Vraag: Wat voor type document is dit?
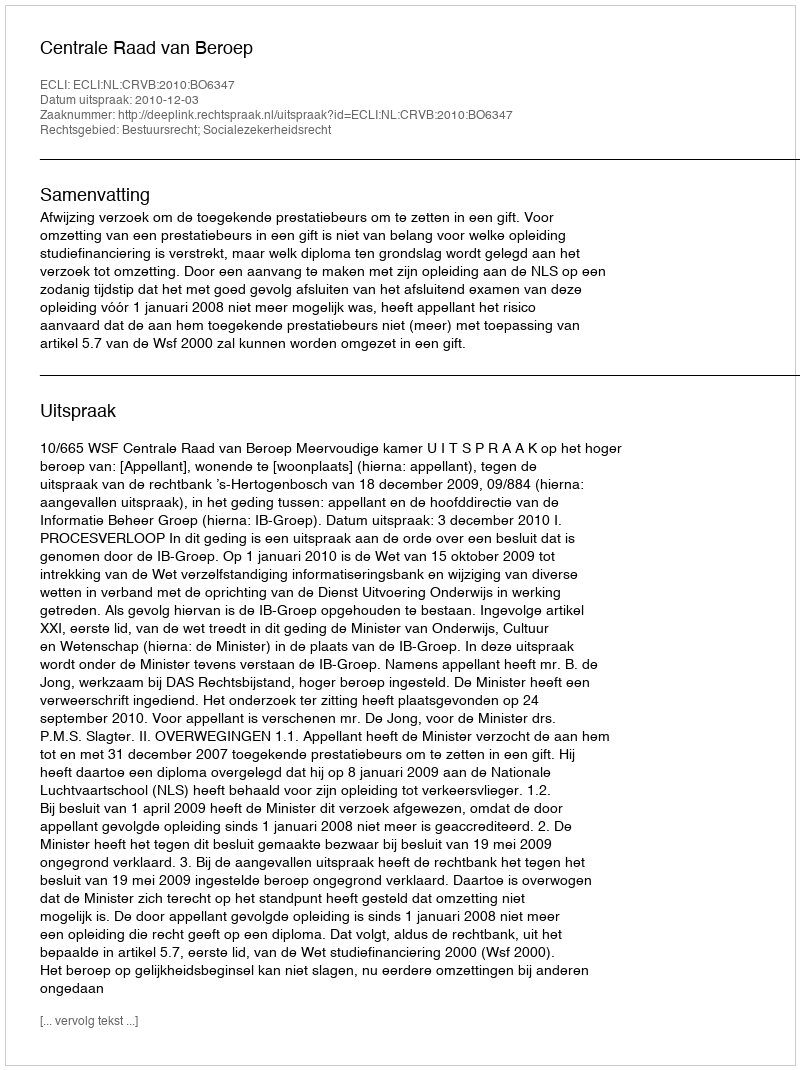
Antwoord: Uitspraak